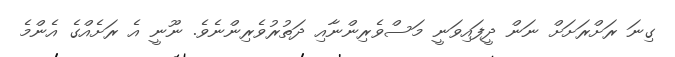
ގިނަ ރަށްރަށަށް ނަން ދީފައިވަނީ މަސްވެރިންނާއި ދަތުރުވެރިންނެވެ. ނޫނީ އެ ރަށެއްގެ އެންމެ